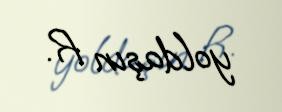
yoldaşın R.